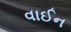
વાઈન